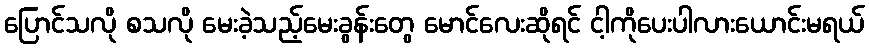
ပြောင်သလို စသလို မေးခဲ့သည့်မေးခွန်းတွေ မောင်လေးဆိုရင် ငါ့ကိုပေးပါလားယောင်းမရယ်